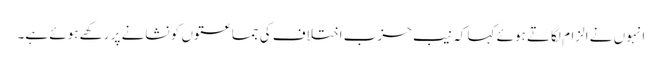
انہوں نے الزام لگاتے ہوئے کہا کہ نیب حزب اختلاف کی جماعتوں کو نشانے پر رکھے ہوئے ہے۔